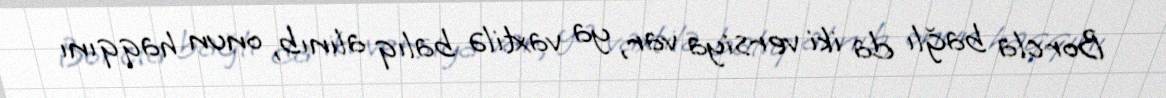
Borcla bağlı da iki versiya var, ya vaxtilə balıq alınıb, onun haqqını